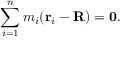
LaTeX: \sum _ { i = 1 } ^ { n } m _ { i } ( \mathbf { r } _ { i } - \mathbf { R } ) = \mathbf { 0 } .